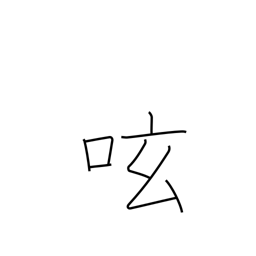
Meaning: mutter